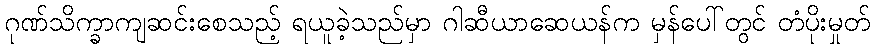
ဂုဏ်သိက္ခာကျဆင်းစေသည့် ရယူခဲ့သည်မှာ ဂါဆီယာဆေယန်က မှန်ပေါ်တွင် တံပိုးမှုတ်